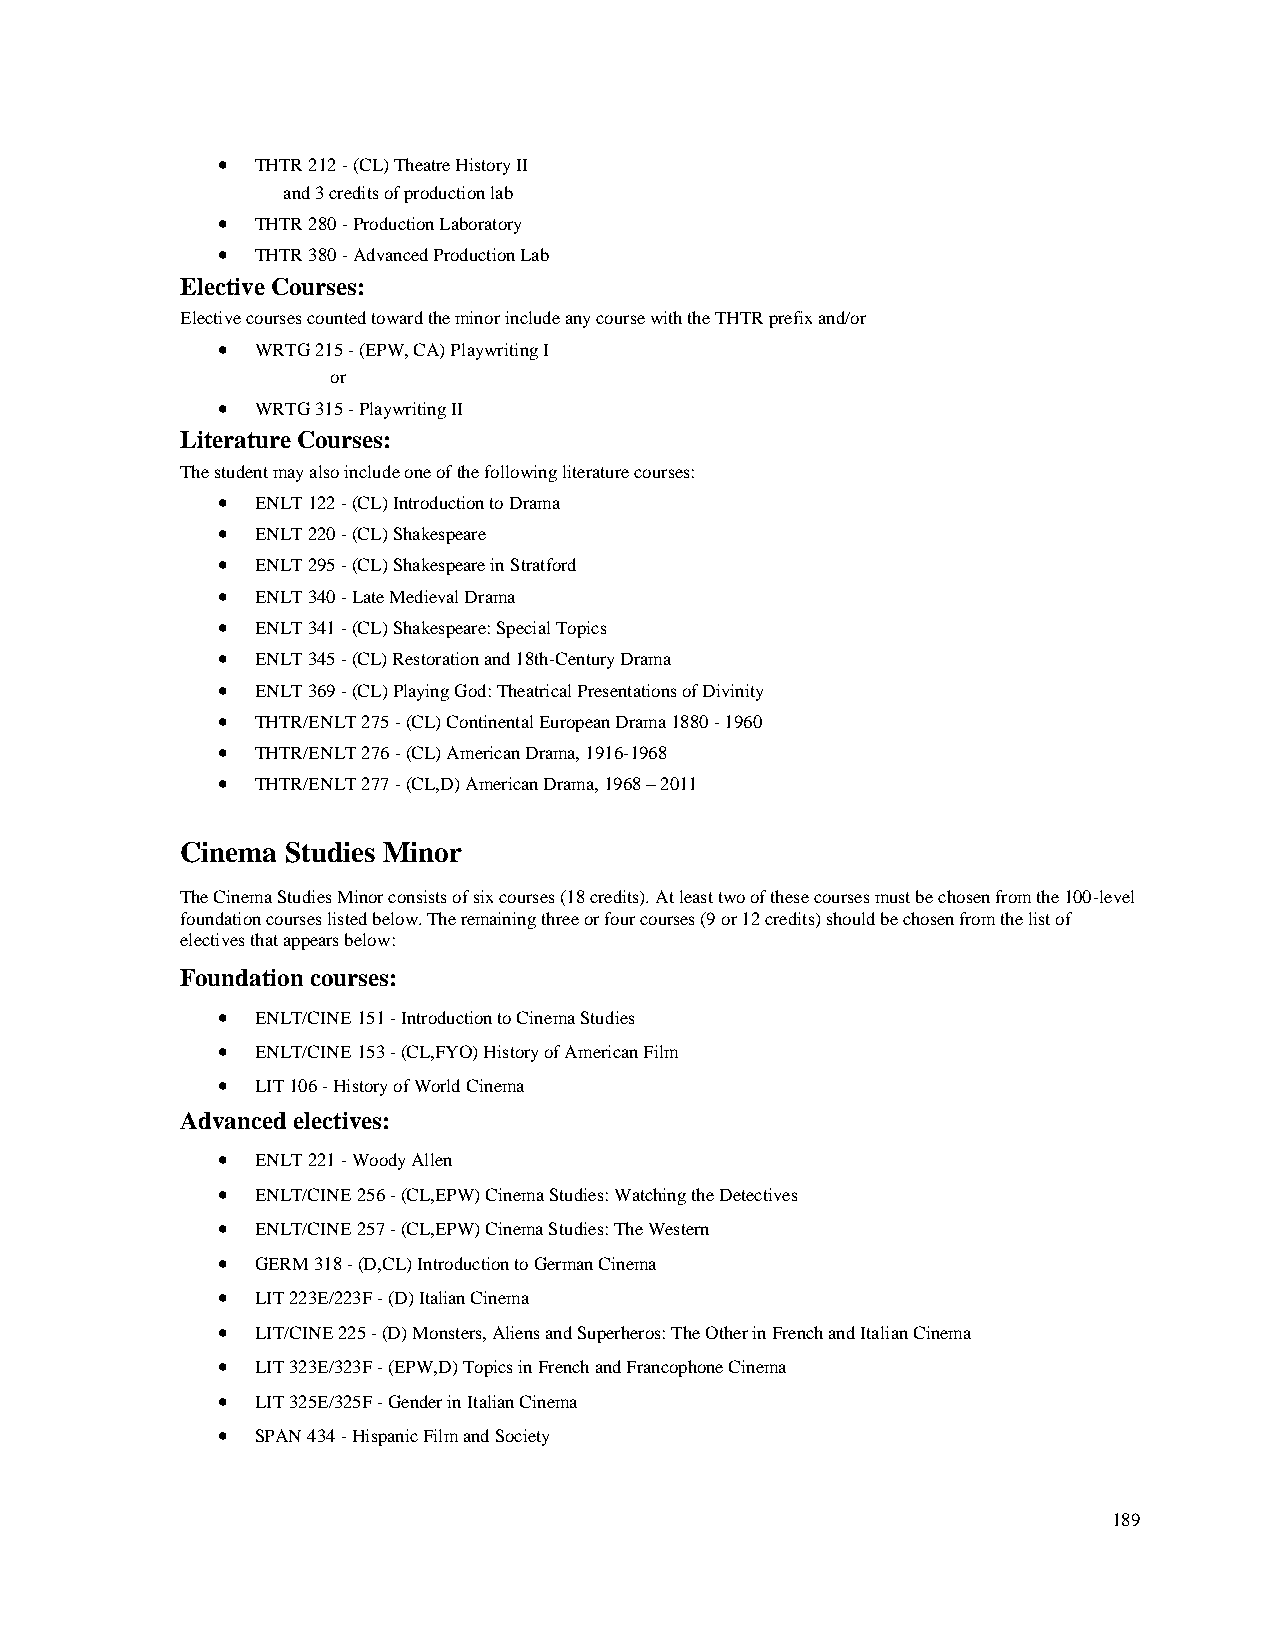
•  THTR 212 - (CL) Theatre History II
 and 3 credits of production lab
 •  THTR 280 - Production Laboratory
 •  THTR 380 - Advanced Production Lab
 Elective Courses:
 Elective courses counted toward the minor include any course with the THTR prefix and/or
 •  WRTG 215 - (EPW, CA) Playwriting I
 or
 •  WRTG 315 - Playwriting II
 Literature Courses:
 The student may also include one of the following literature courses:
 •  ENLT 122 - (CL) Introduction to Drama
 •  ENLT 220 - (CL) Shakespeare
 •  ENLT 295 - (CL) Shakespeare in Stratford
 •  ENLT 340 - Late Medieval Drama
 •  ENLT 341 - (CL) Shakespeare: Special Topics
 •  ENLT 345 - (CL) Restoration and 18th-Century Drama
 •  ENLT 369 - (CL) Playing God: Theatrical Presentations of Divinity
 •  THTR/ENLT 275 - (CL) Continental European Drama 1880 - 1960
 •  THTR/ENLT 276 - (CL) American Drama, 1916-1968
 •  THTR/ENLT 277 - (CL,D) American Drama, 1968 – 2011
 Cinema Studies Minor
 The Cinema Studies Minor consists of six courses (18 credits). At least two of these courses must be chosen from the 100-level
 foundation courses listed below. The remaining three or four courses (9 or 12 credits) should be chosen from the list of
 electives that appears below:
 Foundation courses:
 •  ENLT/CINE 151 - Introduction to Cinema Studies
 •  ENLT/CINE 153 - (CL,FYO) History of American Film
 •  LIT 106 - History of World Cinema
 Advanced electives:
 •  ENLT 221 - Woody Allen
 •  ENLT/CINE 256 - (CL,EPW) Cinema Studies: Watching the Detectives
 •  ENLT/CINE 257 - (CL,EPW) Cinema Studies: The Western
 •  GERM 318 - (D,CL) Introduction to German Cinema
 •  LIT 223E/223F - (D) Italian Cinema
 •  LIT/CINE 225 - (D) Monsters, Aliens and Superheros: The Other in French and Italian Cinema
 •  LIT 323E/323F - (EPW,D) Topics in French and Francophone Cinema
 •  LIT 325E/325F - Gender in Italian Cinema
 •  SPAN 434 - Hispanic Film and Society
 189